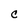
Character: C